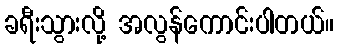
ခရီးသွားလို့ အလွန်ကောင်းပါတယ်။